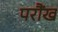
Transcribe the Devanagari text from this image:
परौंख